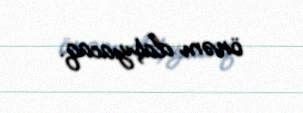
önəm daşıyacaq.